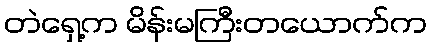
တဲရှေ့က မိန်းမကြီးတယောက်က